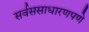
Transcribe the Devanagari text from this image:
सर्वससाधारणपणे